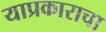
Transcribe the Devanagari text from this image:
याप्रकाराचा